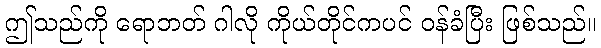
ဤသည်ကို ရောဘတ် ဂါလို ကိုယ်တိုင်ကပင် ဝန်ခံပြီး ဖြစ်သည်။